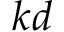
k d